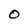
Character: O